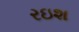
રઇશ